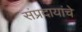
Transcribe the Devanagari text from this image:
संप्रदायांचे